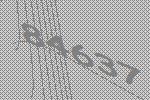
84637